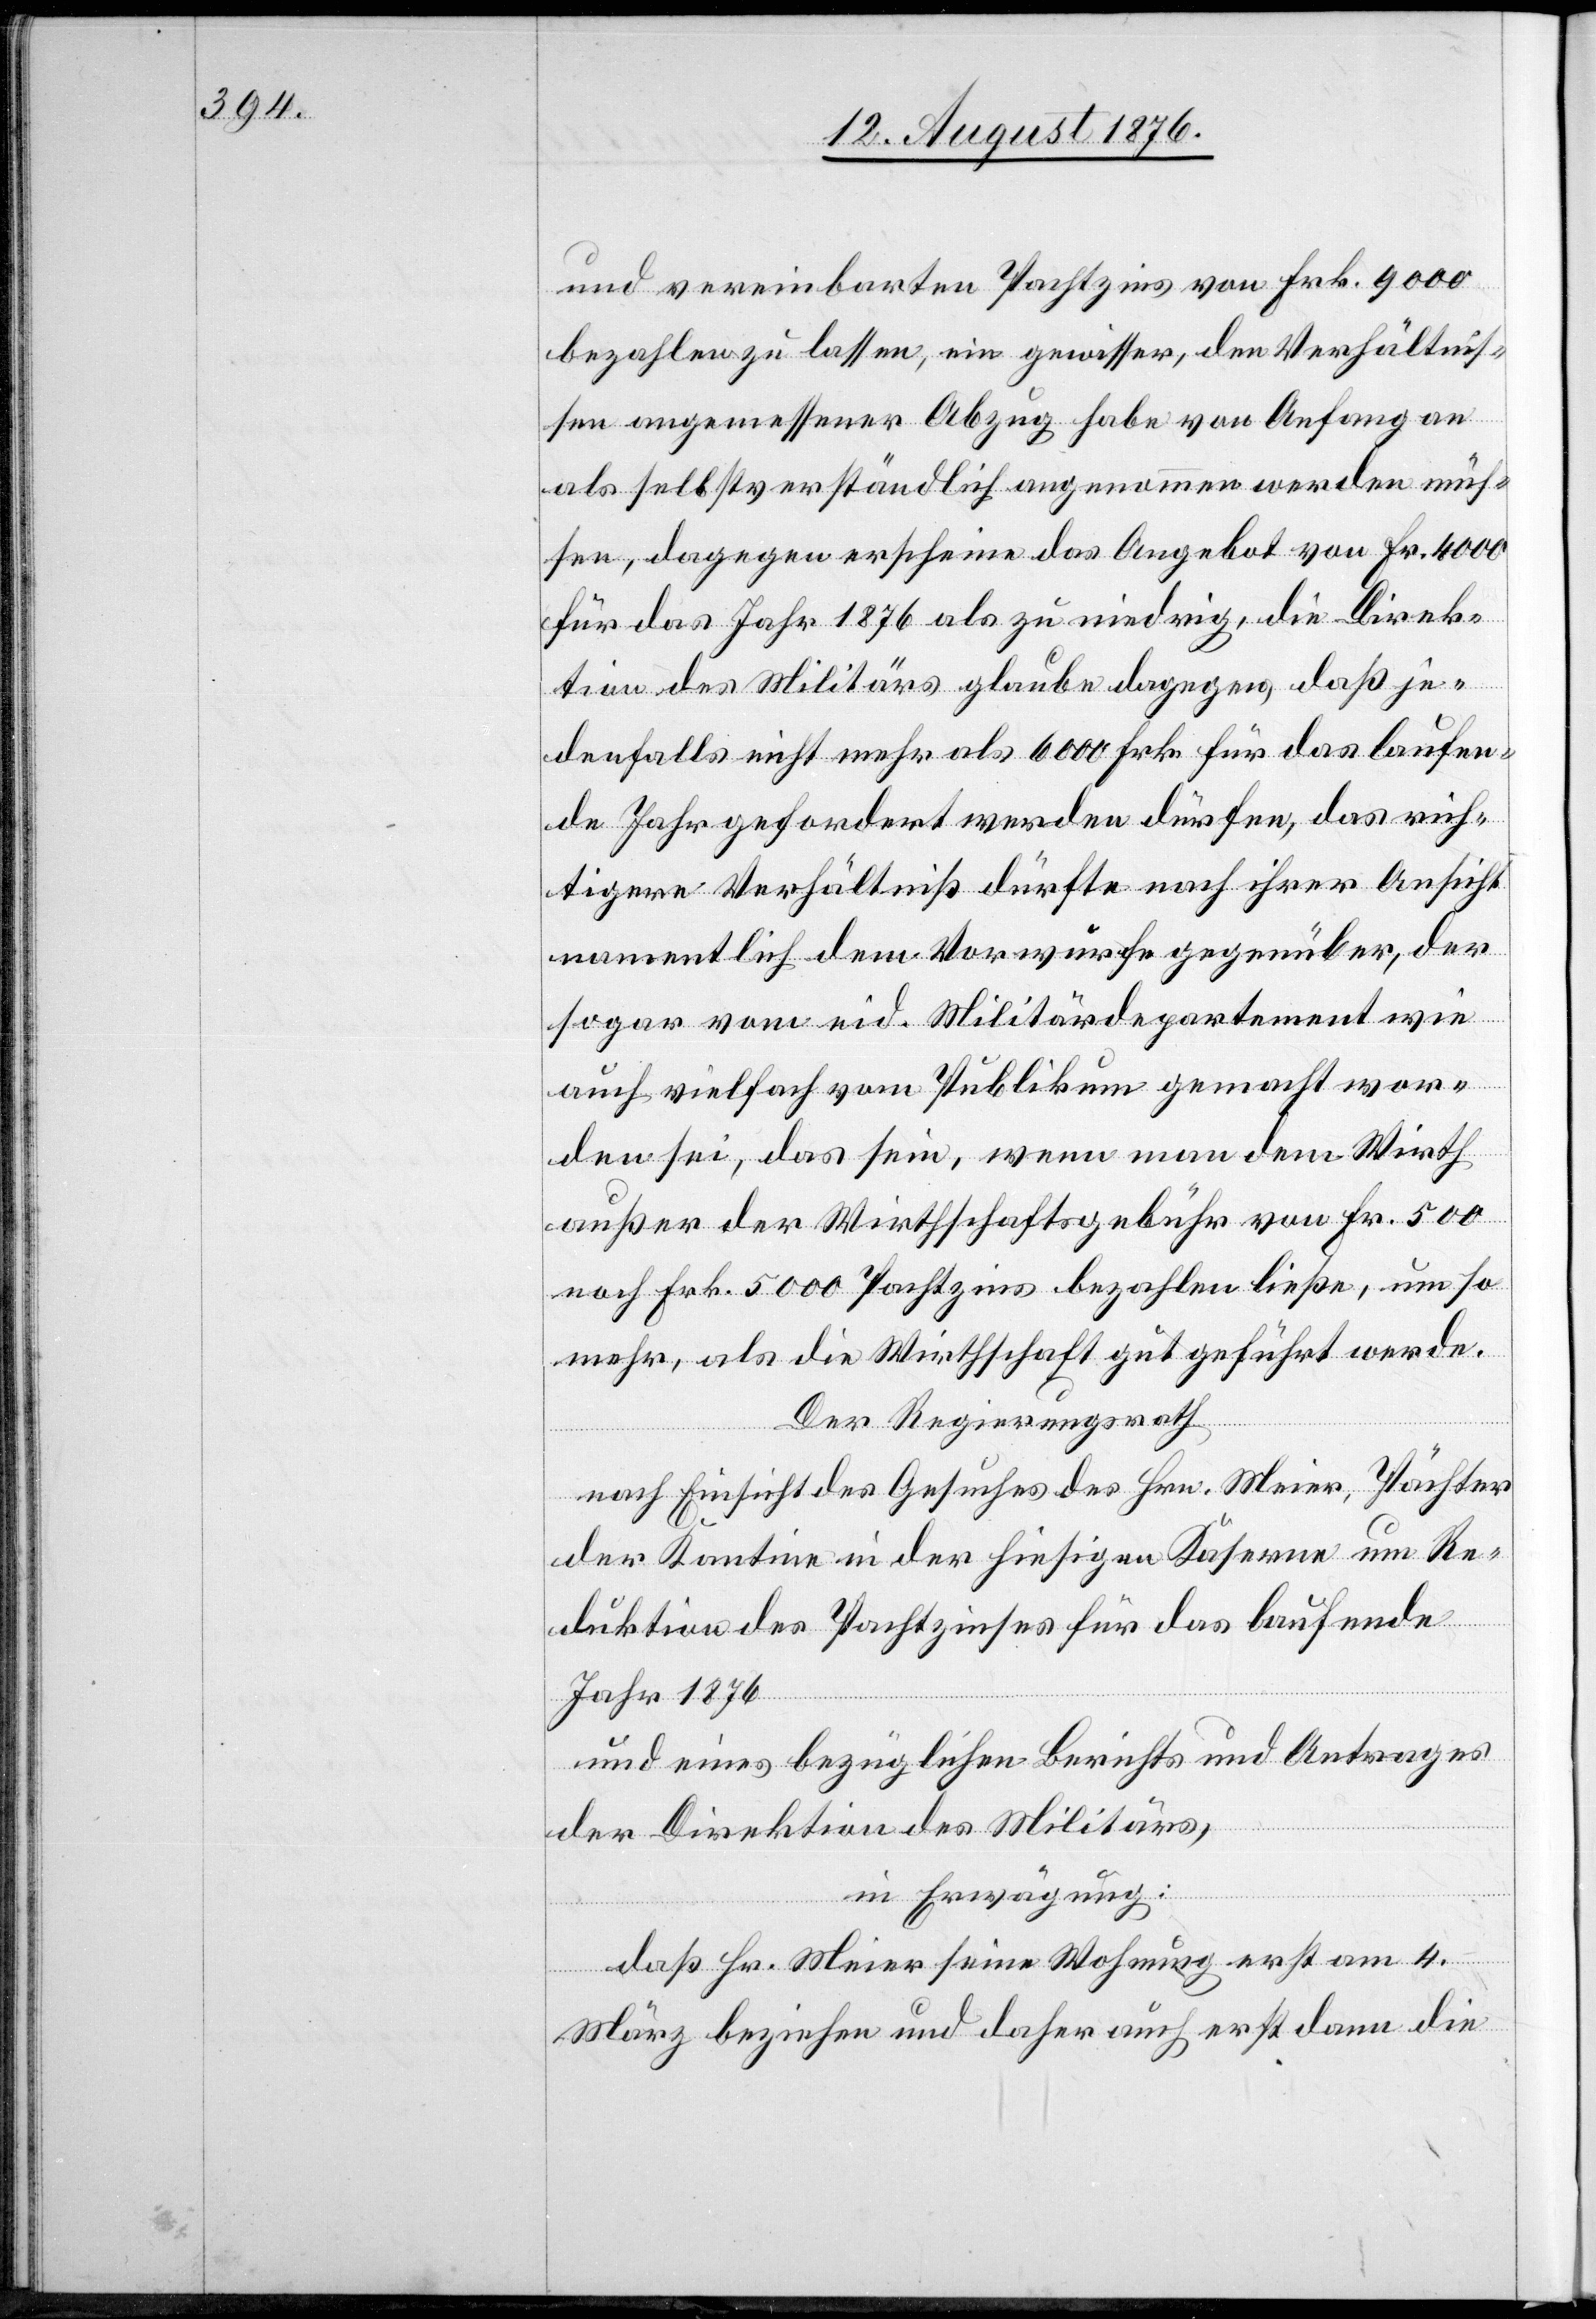
und vereinbarten Pachtzins von Frk. 9000
bezahlen zu lassen, ein gewisser, den Verhältnis¬
sen angemessener Abzug habe von Anfang an
als selbstverständlich angenommen werden müs¬
sen, dagegen erscheine das Angebot von Fr. 4000
für das Jahr 1876 als zu niedrig, die Direk¬
tion des Militärs glaube dagegen, daß je¬
denfalls nicht mehr als 6000 Frk. für das laufen¬
de Jahr gefordert werden dürfen, da rich¬
tigere Verhältniß dürfte nach ihrer Ansicht
namentlich dem Vorwurfe gegenüber der
sogar vom eid. Militärdepartement wie
auch vielfach vom Publikum gemacht wor¬
den sei, das sein, wenn man dem Wirth
außer der Wirthschaftsgebühr von Fr. 500
noch Frk. 5000 Pachtzins bezahlen ließe, um so
mehr, als die Wirthschaft gut geführt werde.
Der Regierungsrath,
nach Einsicht eines Gesuches des Hrn. Meier, Pächter
der Kantine in der hiesigen Kaserne um Re¬
duktion des Pachtzinses für das laufende
Jahr 1876
und eines bezüglichen Berichts und Antrages
der Direktion des Militärs,
in Erwägung:
daß Hr. Meier seine Wohnung erst am 4.
März beziehen und daher auch erst dann die